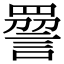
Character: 𧪔